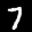
Label: 7